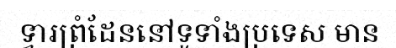
ទ្វារព្រំដែននៅទូទាំងប្រទេស មាន